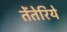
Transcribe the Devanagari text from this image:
तेंतेरिये